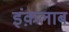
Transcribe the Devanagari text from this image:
इंक़लाब